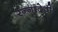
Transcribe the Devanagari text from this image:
रन्‍नादेवी